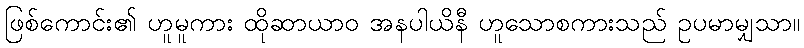
ဖြစ်ကောင်း၏ ဟူမူကား ထိုဆာယာဝ အနပါယိနီ ဟူသောစကားသည် ဥပမာမျှသာ။